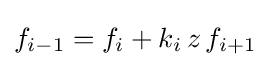
f_{i-1}=f_{i}+k_{i}\,z\,f_{i+1}